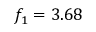
f _ { 1 } = 3 . 6 8